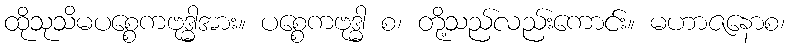
ထိုသုသိမပစ္စေကဗုဒ္ဓါအား။ ပစ္စေကဗုဒ္ဓါ စ၊ တို့သည်လည်းကောင်း။ မဟာဇနောစ၊